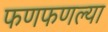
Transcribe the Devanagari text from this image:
फणफणल्या